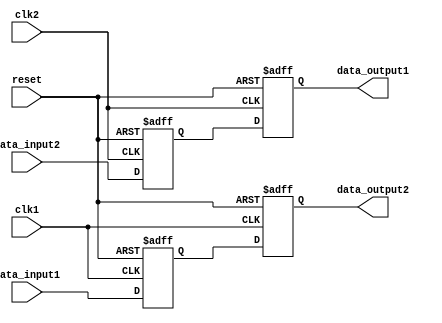
module DualPortBypassRegister (
    input wire clk1,         // Clock signal for port 1
    input wire clk2,         // Clock signal for port 2
    input wire reset,        // Reset signal
    input wire data_input1,  // Data input for port 1
    input wire data_input2,  // Data input for port 2
    output reg data_output1, // Data output for port 1
    output reg data_output2 // Data output for port 2
);

// Register with bypass functionality
reg [7:0] register1;
reg [7:0] register2;

always @(posedge clk1 or posedge reset)
begin
    if (reset)
        register1 <= 8'b0; // Reset register1
    else
        register1 <= data_input1; // Store data_input1 in register1
end

always @(posedge clk2 or posedge reset)
begin
    if (reset)
        register2 <= 8'b0; // Reset register2
    else
        register2 <= data_input2; // Store data_input2 in register2
end

// Bypass logic
always @(posedge clk1 or posedge reset)
begin
    if (reset)
        data_output2 <= 8'b0; // Reset data_output2
    else
        data_output2 <= register1; // Output register1 data for port 2
end

always @(posedge clk2 or posedge reset)
begin
    if (reset)
        data_output1 <= 8'b0; // Reset data_output1
    else
        data_output1 <= register2; // Output register2 data for port 1
end

endmodule